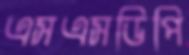
এসএসডিপি